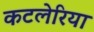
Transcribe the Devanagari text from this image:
कटलेरिया